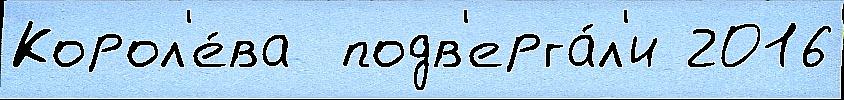
Корол'е́ва  подв'ерга́л'и 2016